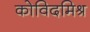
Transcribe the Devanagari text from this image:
कोविदमिश्र